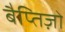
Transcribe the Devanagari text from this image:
बैप्तिज़ो